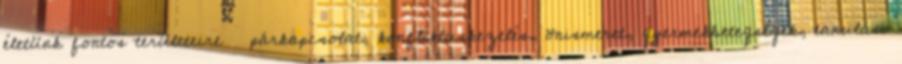
életünk fontos területeire  párkapcsolat, konfliktuskezelés, önismeret, gyermekbetegségek, tanulási